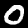
Digit: 0